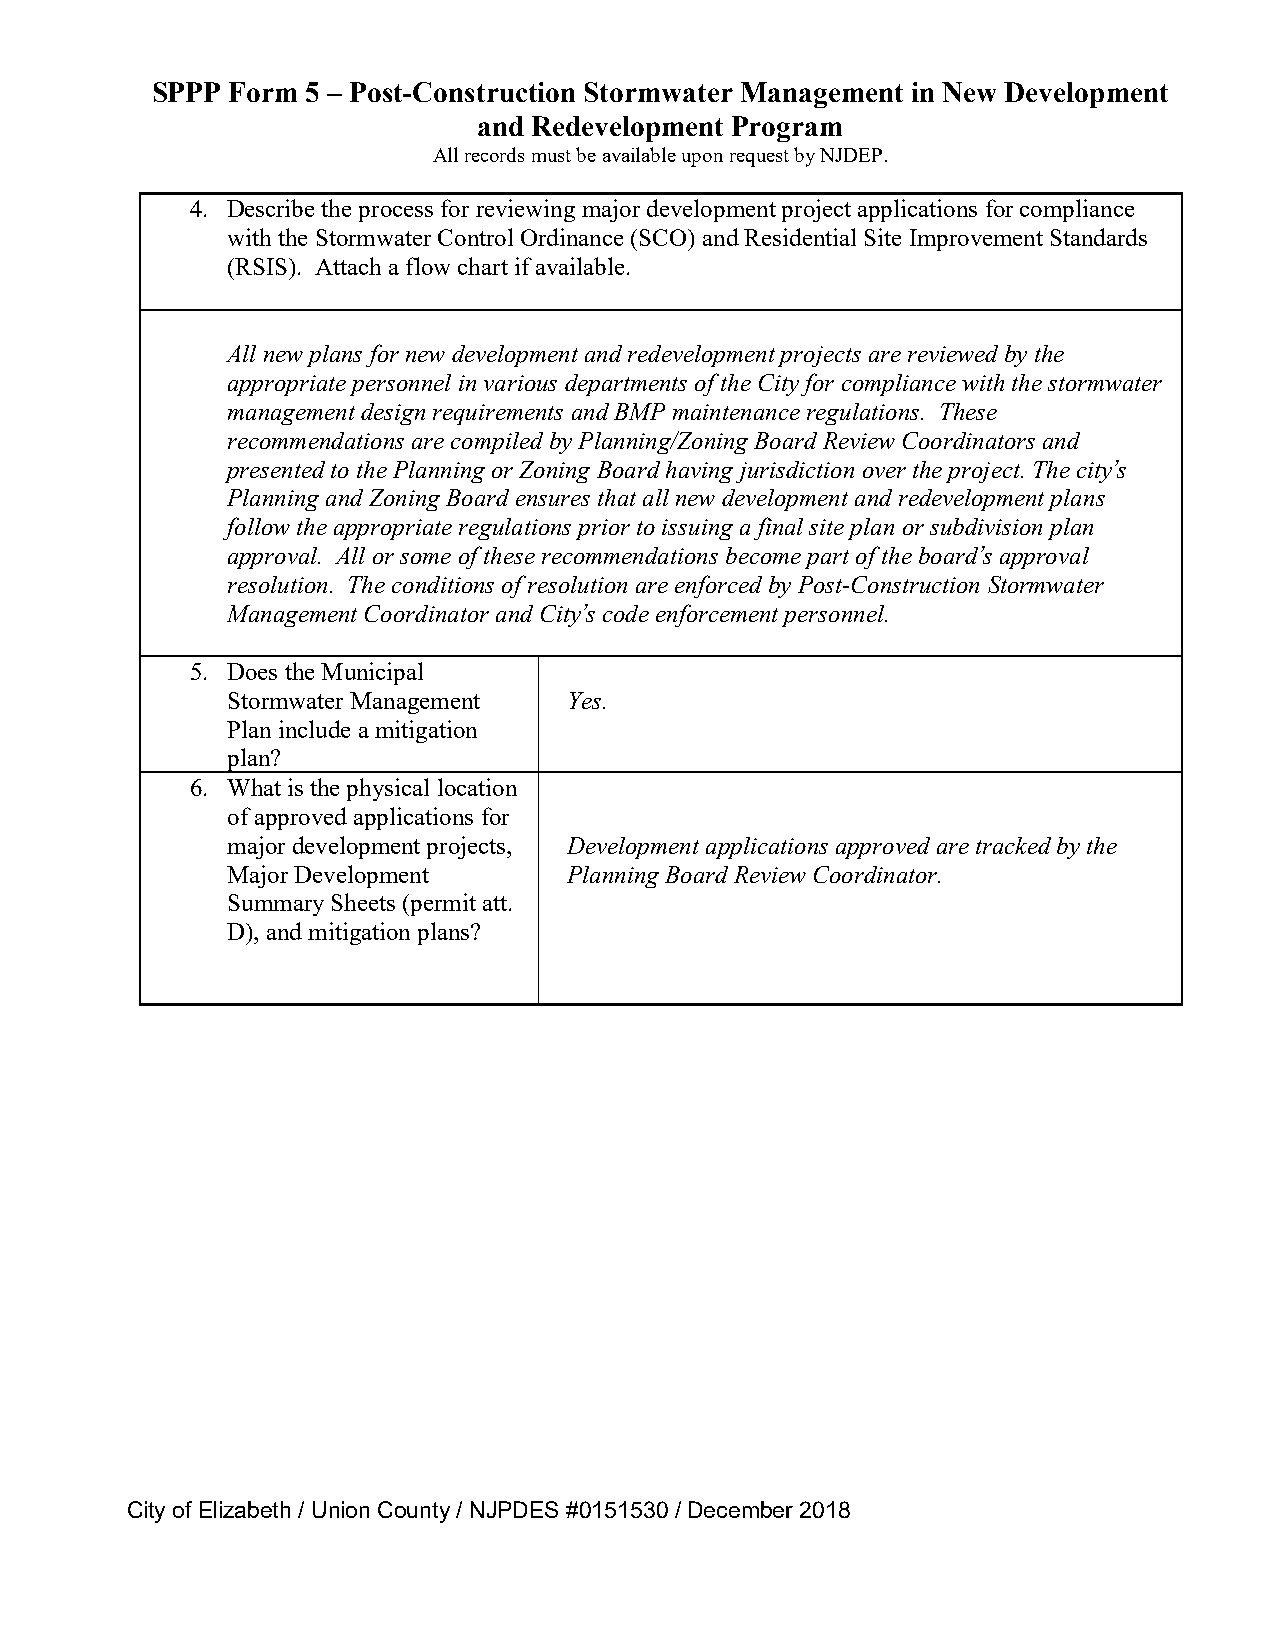
SPPP Form 5 – Post-Construction Stormwater Management in New Development
 and Redevelopment Program
 All records must be available upon request by NJDEP.
 4. Describe the process for reviewing major development project applications for compliance
 with the Stormwater Control Ordinance (SCO) and Residential Site Improvement Standards
 (RSIS). Attach a flow chart if available.
 All new plans for new development and redevelopment projects are reviewed by the
 appropriate personnel in various departments of the City for compliance with the stormwater
 management design requirements and BMP maintenance regulations. These
 recommendations are compiled by Planning/Zoning Board Review Coordinators and
 presented to the Planning or Zoning Board having jurisdiction over the project. The city’s
 Planning and Zoning Board ensures that all new development and redevelopment plans
 follow the appropriate regulations prior to issuing a final site plan or subdivision plan
 approval. All or some of these recommendations become part of the board’s approval
 resolution. The conditions of resolution are enforced by Post-Construction Stormwater
 Management Coordinator and City’s code enforcement personnel.
 5. Does the Municipal
 Stormwater Management  Yes.
 Plan include a mitigation
 plan?
 6. What is the physical location
 of approved applications for
 major development projects, Development applications approved are tracked by the
 Major Development      Planning Board Review Coordinator.
 Summary Sheets (permit att.
 D), and mitigation plans?
 City of Elizabeth / Union County / NJPDES #0151530 / December 2018